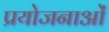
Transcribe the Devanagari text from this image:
प्रयोजनाओं